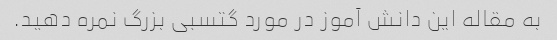
به مقاله این دانش آموز در مورد گتسبی بزرگ نمره دهید.